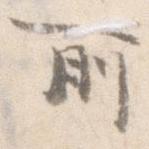
所